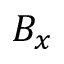
B _ { x }